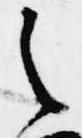
之